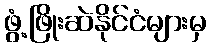
ဖွံ့ဖြိုးဆဲနိုင်ငံများမှ